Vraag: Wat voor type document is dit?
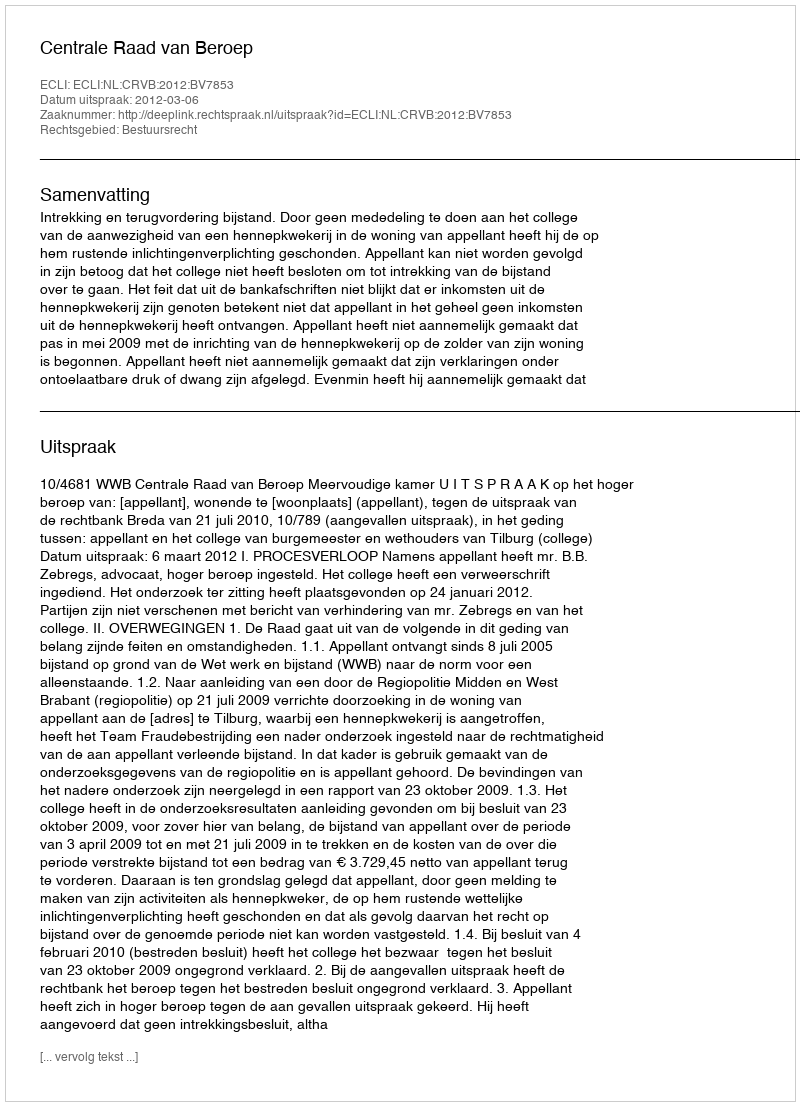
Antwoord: Uitspraak